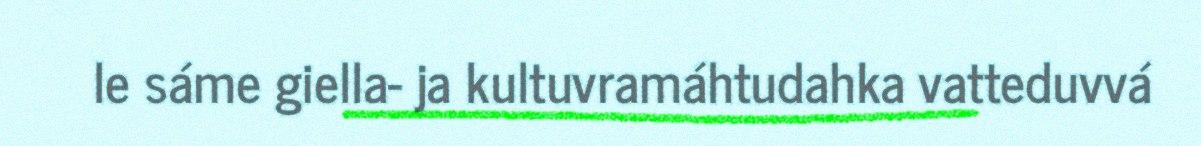
le sáme giella- ja kultuvramáhtudahka vatteduvvá